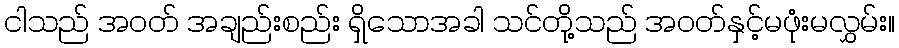
ငါသည် အဝတ် အချည်းစည်း ရှိသောအခါ သင်တို့သည် အဝတ်နှင့်မဖုံးမလွှမ်း။